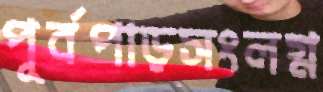
পূর্বপাড়সংলগ্ন